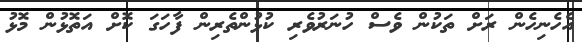
އެހެނިހެން ރަށް ތަކުން ވެސް ހުނަރުވެރި ކުޅުންތެރިން ފާހަގަ ކޮށް އަތޮޅުން މޮޅު